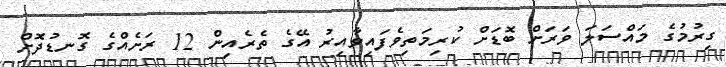
ގިރުމުގެ މައްސަލަ ވަރަށް ބޮޑަށް ކުރިމަތިވެފައިވާއިރު އޭގެ ތެރެއިން 12 ރަށެއްގެ ގޮނޑުދޮށް